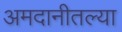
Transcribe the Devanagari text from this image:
अमदानीतल्या